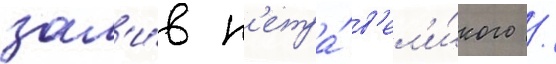
зал'и́в п'етра́ в'ел'и́кого /